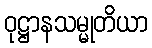
ဝုဋ္ဌာနသမ္မုတိယာ